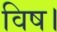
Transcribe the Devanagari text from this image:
विष।